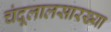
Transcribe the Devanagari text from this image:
चंदूलालसारख्या